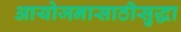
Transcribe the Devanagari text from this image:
आयोजनासाठीसुद्धा